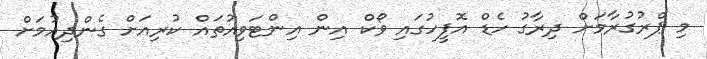
މި ޕްރުގުރާމަށް ދިރާގު ހެޑް އޮފީހުގައި ވޯކް އިން އިންޓަވިއުތައް ކުރިއަށް ގެންދިއުމަށް